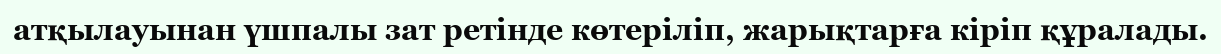
атқылауынан үшпалы зат ретінде көтеріліп, жарықтарға кіріп құралады.